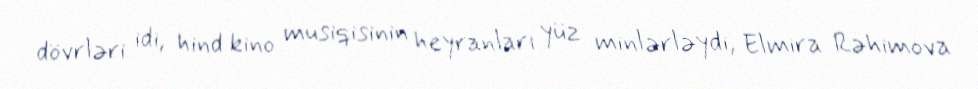
dövrləri idi, hind kino musiqisinin heyranları yüz minlərləydi, Elmira Rəhimova